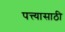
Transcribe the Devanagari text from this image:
पत्त्यासाठी